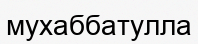
мухаббатулла